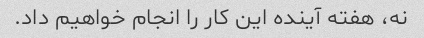
نه، هفته آینده این کار را انجام خواهیم داد.